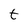
Character: t